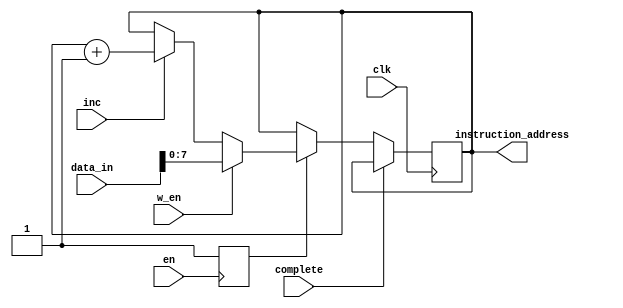
`timescale 1ns / 1ps
//////////////////////////////////////////////////////////////////////////////////
// Company: 
// Engineer: 
// 
// Design Name: 
// Module Name: ProgamCounter
// Project Name: 
// Target Devices: 
// Tool Versions: 
// Description: 
// 
// Dependencies: 
// 
// Revision:
// Revision 0.01 - File Created
// Additional Comments:
// 
//////////////////////////////////////////////////////////////////////////////////


module ProgamCounter(
    input clk,
    input en,
    input w_en,
    input complete,
    input inc,
    input [27:0] data_in,
    output reg [7:0] instruction_address //input to instruction register and B bus mux
    );
    reg start=1'b0;
    
    always @(posedge en)
        start<=1'b1;  //check the logic
    
    
    always @(posedge clk)
        begin
            if (complete==1)
                begin
                instruction_address <= instruction_address;
                end
            else if (start) 
                begin
                    if(w_en==1)
                        begin
                            instruction_address <= data_in[7:0];
                        end
                     else if (inc==1)
                         begin
                            instruction_address <= instruction_address+1;
                         end
                     else
                         begin
                            instruction_address<=instruction_address;
                         end
                 end   
        end
    
    
    
    
    
    
endmodule